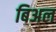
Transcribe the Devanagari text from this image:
बिअल